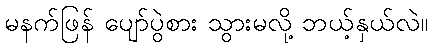
မနက်ဖြန် ပျော်ပွဲစား သွားမလို့ ဘယ့်နှယ်လဲ။